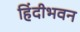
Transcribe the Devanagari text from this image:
हिंदीभवन